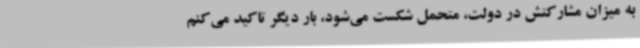
به میزان مشارکتش در دولت، متحمل شکست می‌شود، بار دیگر تاکید می‌کنم